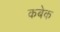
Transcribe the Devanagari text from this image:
कबेक